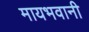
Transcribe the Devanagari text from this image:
मायभवानी